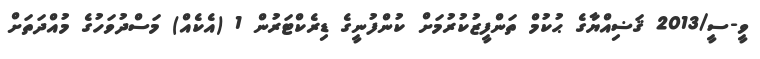
ވީ-ސީ/2013 ޤަޟިއްޔާގެ ޙުކުމް ތަންފީޒުކުރުމަށް ކުންފުނީގެ ޑިރެކްޓަރުން 1 (އެކެއް) މަސްދުވަހުގެ މުއްދަތަށް